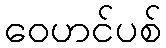
ဝေဟင်ပစ်